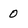
Character: 0